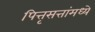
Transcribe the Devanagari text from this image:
पित्तृसत्तांमध्ये